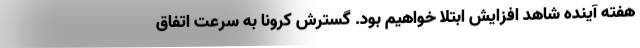
هفته آینده شاهد افزایش ابتلا خواهیم بود. گسترش کرونا به سرعت اتفاق